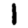
Digit: 1